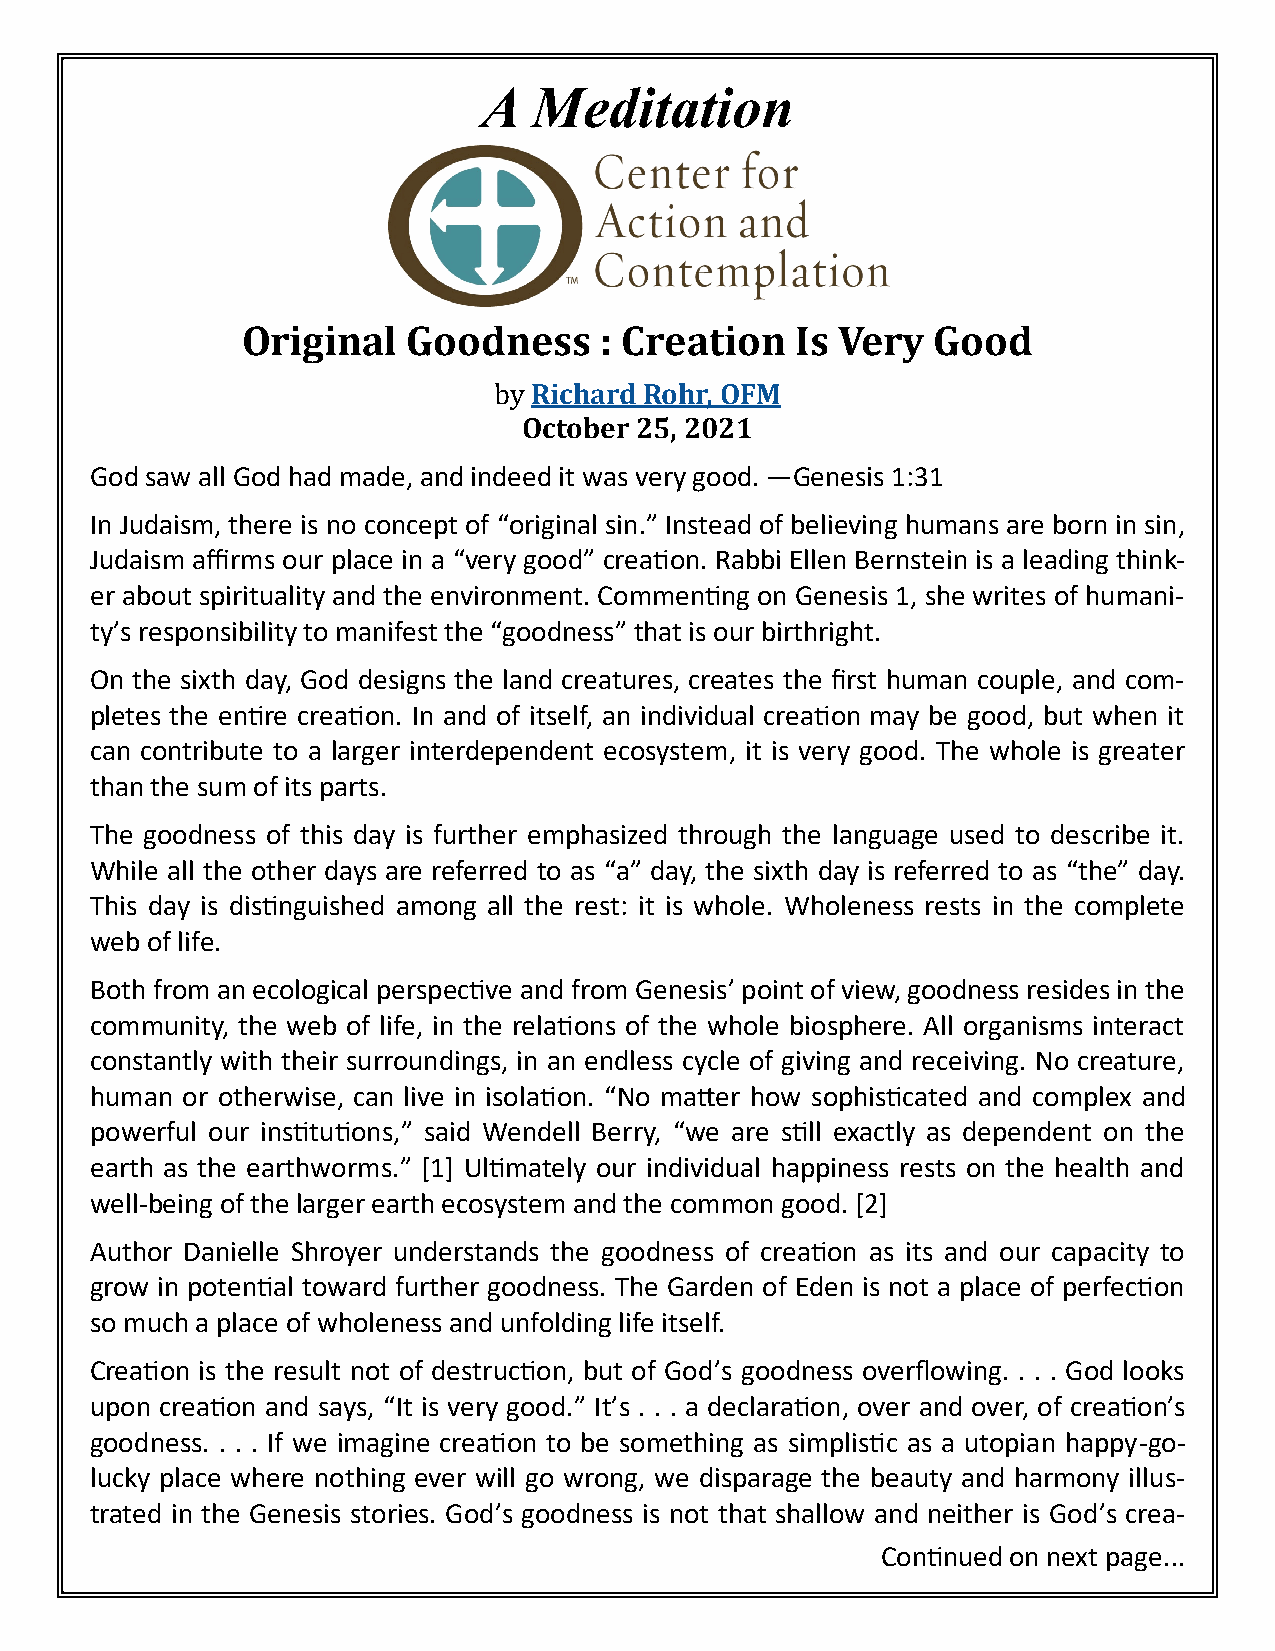
A  Meditation
 Original   Goodness     : Creation   Is Very  Good
 by Richard Rohr, OFM
 October 25, 2021
 God saw all God had made, and indeed it was very good. —Genesis 1:31
 In Judaism, there is no concept of “original sin.” Instead of believing humans are born in sin,
 Judaism affirms our place in a “very good” creation. Rabbi Ellen Bernstein is a leading think-
 er about spirituality and the environment. Commenting on Genesis 1, she writes of humani-
 ty’s responsibility to manifest the “goodness” that is our birthright.
 On the sixth day, God designs the land creatures, creates the first human couple, and com-
 pletes the entire creation. In and of itself, an individual creation may be good, but when it
 can contribute to a larger interdependent ecosystem, it is very good. The whole is greater
 than the sum of its parts.
 The goodness of this day is further emphasized through the language used to describe it.
 While all the other days are referred to as “a” day, the sixth day is referred to as “the” day.
 This day is distinguished among all the rest: it is whole. Wholeness rests in the complete
 web of life.
 Both from an ecological perspective and from Genesis’ point of view, goodness resides in the
 community, the web of life, in the relations of the whole biosphere. All organisms interact
 constantly with their surroundings, in an endless cycle of giving and receiving. No creature,
 human or otherwise, can live in isolation. “No matter how sophisticated and complex and
 powerful our institutions,” said Wendell Berry, “we are still exactly as dependent on the
 earth as the earthworms.” [1] Ultimately our individual happiness rests on the health and
 well-being of the larger earth ecosystem and the common good. [2]
 Author Danielle Shroyer understands the goodness of creation as its and our capacity to
 grow in potential toward further goodness. The Garden of Eden is not a place of perfection
 so much a place of wholeness and unfolding life itself.
 Creation is the result not of destruction, but of God’s goodness overflowing. . . . God looks
 upon creation and says, “It is very good.” It’s . . . a declaration, over and over, of creation’s
 goodness. . . . If we imagine creation to be something as simplistic as a utopian happy-go-
 lucky place where nothing ever will go wrong, we disparage the beauty and harmony illus-
 trated in the Genesis stories. God’s goodness is not that shallow and neither is God’s crea-
 Continued on next page...